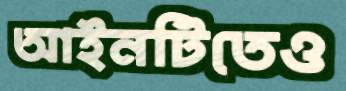
আইনটিতেও